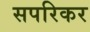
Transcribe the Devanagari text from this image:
सपरिकर